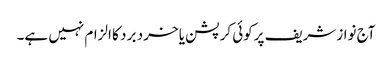
آج نوازشریف پرکوئی کرپشن یا خرد بر د کا الزام نہیں ہے۔